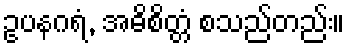
ဥပနဂရံ, အဓိစိတ္တံ စသည်တည်း။